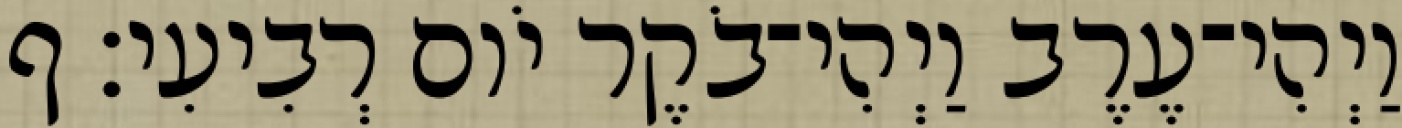
וַיְהִי־עֶרֶב וַיְהִי־בֹקֶר יֹום רְבִיעִי׃ ף